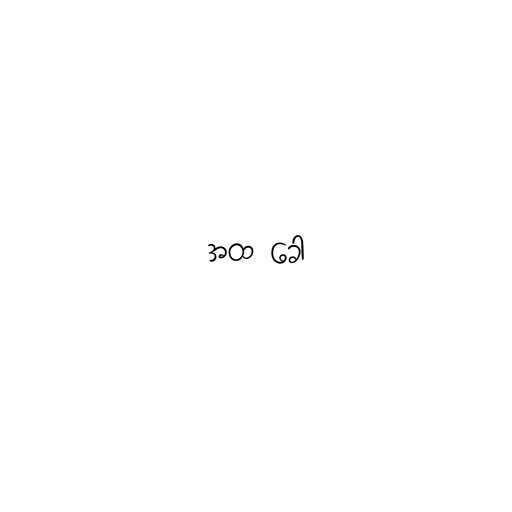
အထ ခေါ